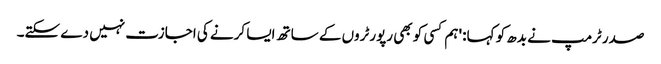
صدر ٹرمپ نے بدھ کو کہا: 'ہم کسی کو بھی رپورٹروں کے ساتھ ایسا کرنے کی اجازت نہیں دے سکتے۔